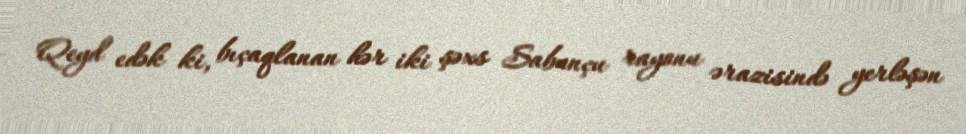
Qeyd edək ki, bıçaqlanan hər iki şəxs Sabunçu rayonu ərazisində yerləşən